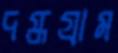
দগ্ধগ্রাম